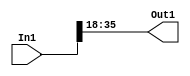
// -------------------------------------------------------------
// 
// 
// Generated by MATLAB 8.2 and HDL Coder 3.3
// 
// -------------------------------------------------------------


// -------------------------------------------------------------
// 
// Module: velocityControlHdl_Maintain_Range_block
// Source Path: velocityControlHdl/Control_DQ_Currents/Control_Current1/Maintain_Range
// Hierarchy Level: 6
// 
// -------------------------------------------------------------

`timescale 1 ns / 1 ns

module velocityControlHdl_Maintain_Range_block
          (
           In1,
           Out1
          );


  input   signed [35:0] In1;  // sfix36_En33
  output  signed [17:0] Out1;  // sfix18_En15


  wire signed [17:0] Data_Type_Conversion_out1;  // sfix18_En15


  // <S19>/Data Type Conversion
  assign Data_Type_Conversion_out1 = In1[35:18];



  assign Out1 = Data_Type_Conversion_out1;

endmodule  // velocityControlHdl_Maintain_Range_block